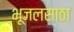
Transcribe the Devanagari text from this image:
भूजलसाठा